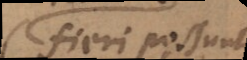
fieri possunt,